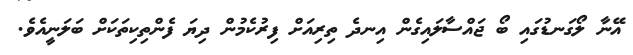
އޭނާ ލޯގަނޑުގައި ބޯ ޖައްސާލައިގެން އިނދެ ތިރިއަށް ފިރުކެމުން ދިޔަ ފެންތިކިތަކަށް ބަލަނީއެވެ.